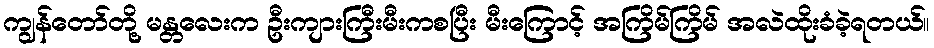
ကျွန်တော်တို့ မန္တလေးက ဦးကျားကြီးမီးကစပြီး မီးကြောင့် အကြိမ်ကြိမ် အလဲထိုးခံခဲ့ရတယ်။